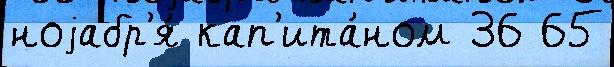
ноjабр'я́ кап'ита́ном 36 65